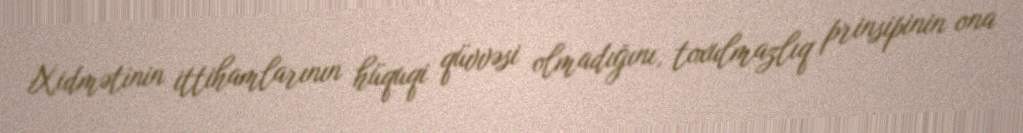
Xidmətinin ittihamlarının hüquqi qüvvəsi olmadığını, toxulmazlıq prinsipinin ona